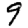
Digit: 9